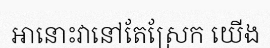
អានោះវានៅតែស្រែក យើង